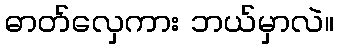
ဓာတ်လှေကား ဘယ်မှာလဲ။